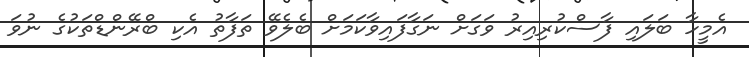
އެމީހާ ބަލައި ފާސްކުރިއިރު ވަގަށް ނަގާފައިވާކަމަށް ބެލެވޭ ތަފާތު އެކި ބްރޭންޑްތަކުގެ ނުވަ